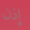
إذن